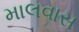
માલવાસ